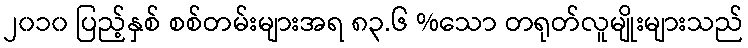
၂၀၁၀ ပြည့်နှစ် စစ်တမ်းများအရ ၈၃.၆ %သော တရုတ်လူမျိုးများသည်